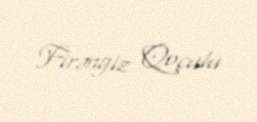
Firəngiz Qoçulu